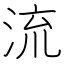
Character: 流